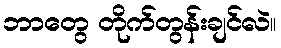
ဘာတွေ တိုက်တွန်းချင်လဲ။